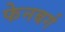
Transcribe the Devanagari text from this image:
फेनबर्ग